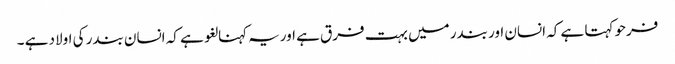
فرحو کہتا ہے کہ انسان اور بندر میں بہت فرق ہے اوریہ کہنا لغو ہے کہ انسان بندر کی اولاد ہے ۔